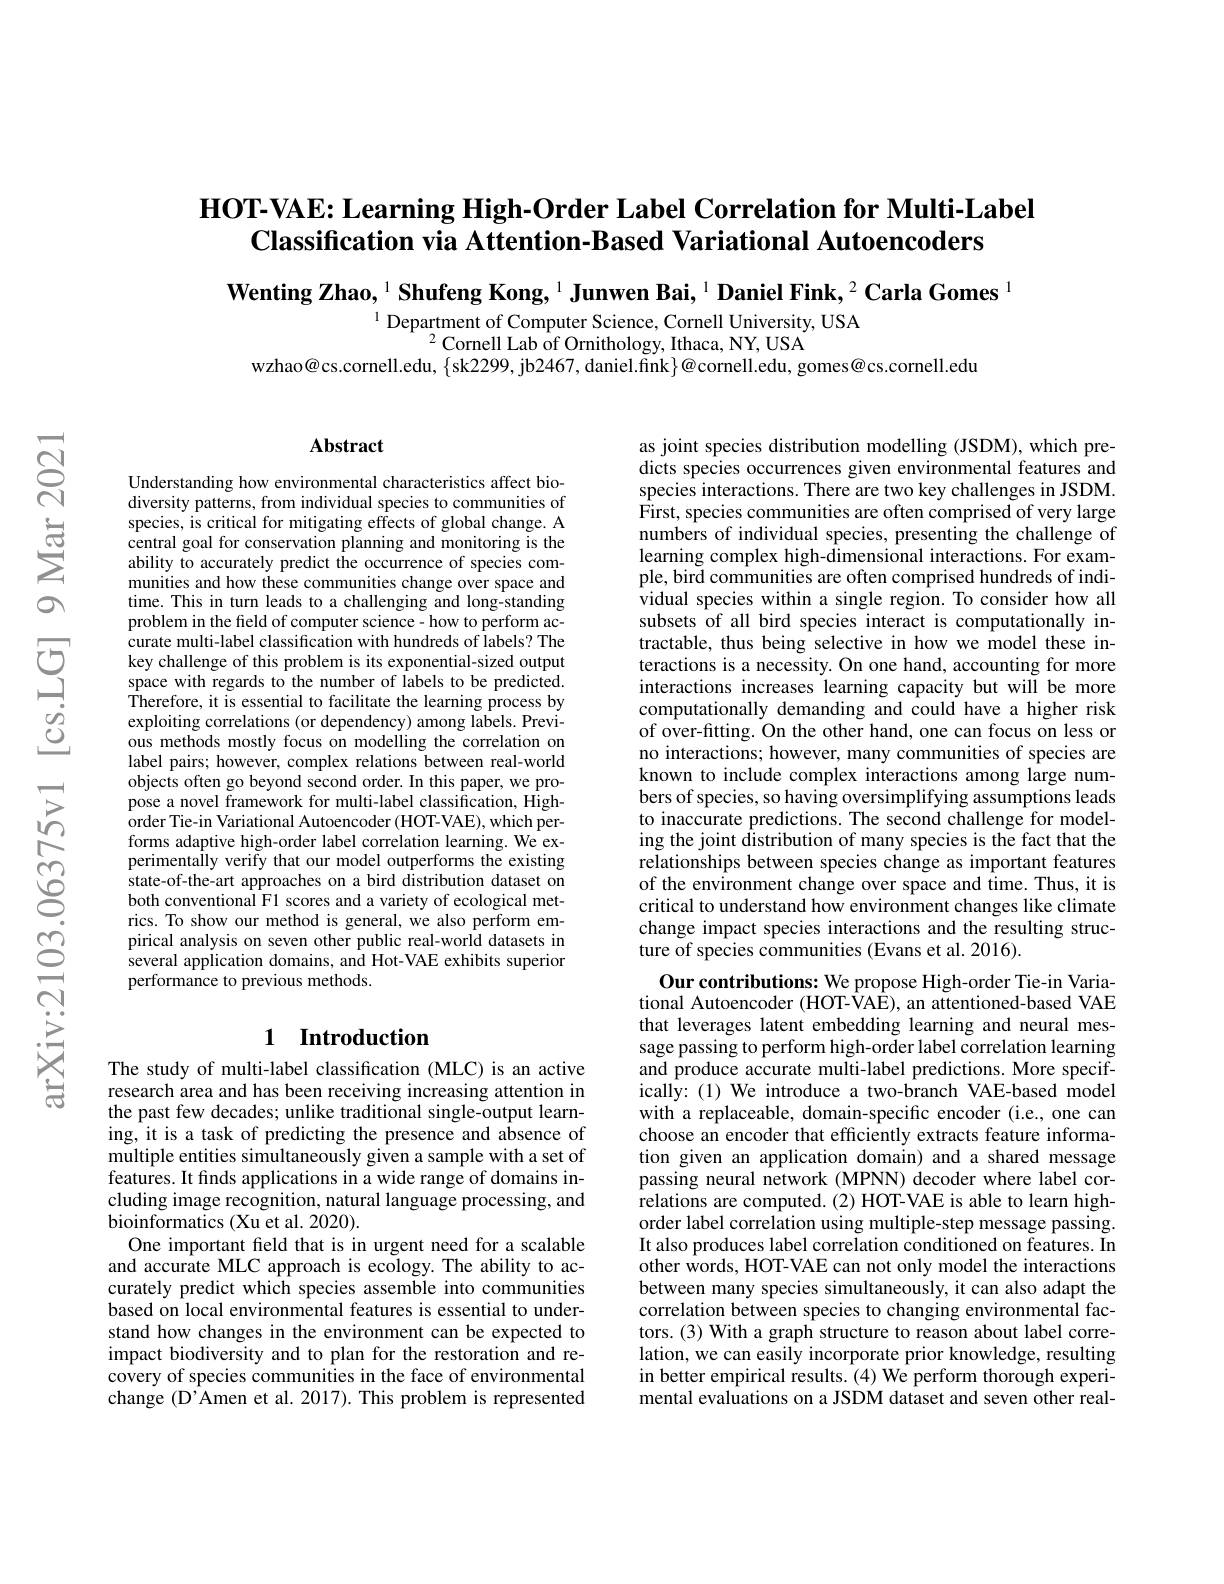
## $\textbf{HOT- VAE: Learning High- Order Label Correlation for Multi- Label}$ Classification via Attention-Based Variational Autoencoders

Wenting Zhao, $^1\textbf{Shufeng Kong,}^{1}$ Junwen Bai, $^1\textbf{Daniel Fink,}^2\textbf{Carla Gomes}^{1}$

$^{1}$ Department of Computer Science, Cornell University, USA
$^{2}$Cornell Lab of Ornithology, Ithaca, NY, USA
wzhao@cs.cornell.edu, $\{$sk2299, jb2467, daniel.fınk$\}$@cornell.edu, gomes@cs.cornell.edu

### $\mathbf{Abstract}$

Understanding how environmental characteristics affect biodiversity patterns, from individual species to communities of species, is critical for mitigating effects of global change. A central goal for conservation planning and monitoring is the ability to accurately predict the occurrence of species communities and how these communities change over space and time. This in turn leads to a challenging and long-standing problem in the field of computer science- how to perform accurate multi-label classification with hundreds of labels? The key challenge of this problem is its exponential-sized output space with regards to the number of labels to be predicted. Therefore, it is essential to facilitate the learning process by exploiting correlations (or dependency) among labels. Previous methods mostly focus on modelling the correlation on label pairs; however, complex relations between real-world objects often go beyond second order. In this paper, we propose a novel framework for multi-label classification, Highorder Tie-in Variational Autoencoder (HOT-VAE), which performs adaptive high-order label correlation learning. We experimentally verify that our model outperforms the existing state-of-the-art approaches on a bird distribution dataset on both conventional F1 scores and a variety of ecological metrics. To show our method is general, we also perform empirical analysis on seven other public real-world datasets in several application domains, and Hot-VAE exhibits superior performance to previous methods.

# 1 Introduction

The study of multi-label classification (MLC) is an active research area and has been receiving increasing attention in the past few decades; unlike traditional single-output learning, it is a task of predicting the presence and absence of multiple entities simultaneously given a sample with a set of features. It finds applications in a wide range of domains including image recognition, natural language processing, and $\bar{\text{bioinformatics(Xu et al. 2020)}}$
One important feld that is in urgent need for a scalable and accurate MLC approach is ecology. The ability to accurately predict which species assemble into communities based on local environmental features is essential to understand how changes in the environment can be expected to impact biodiversity and to plan for the restoration and recovery of species communities in the face of environmental change (D'Amen et al.2017).This problem is represented

as joint species distribution modelling (JSDM), which predicts species occurrences given environmental features and species interactions. There are two key challenges in JSDM. $\hat{\text{First, species communities are often comprised of very large}}$ numbers of individual species, presenting the challenge of learning complex high-dimensional interactions. For example, bird communities are often comprised hundreds of individual species within a single region. To consider how all subsets of all bird species interact is computationally intractable, thus being selective in how we model these interactions is a necessity. On one hand, accounting for more interactions increases learning capacity but will be more computationally demanding and could have a higher risk of over-fitting. On the other hand, one can focus on less or no interactions; however, many communities of species are known to include complex interactions among large numbers of species, so having oversimplifying assumptions leads to inaccurate predictions. The second challenge for modeling the joint distribution of many species is the fact that the relationships between species change as important features of the environment change over space and time. Thus, it is critical to understand how environment changes like climate change impact species interactions and the resulting structure of species communities (Evans et al. 2016).
Our contributions: We propose High-order Tie-in Varia-

tional Autoencoder (HOT-$\hat{\text{VA\^{E}),anattentioned-basedVAE}}$ that leverages latent embedding learning and neural message passing to perform high-order label correlation learning and produce accurate multi-label predictions. More specifically: (1) We introduce a two-branch VAE-based model with a replaceable, domain-specific encoder (i.e., one can choose an encoder that efficiently extracts feature information given an application domain) and a shared message passing neural network (MPNN) decoder where label correlations are computed.(2) HOT-VAE is able to learn highorder label correlation using multiple-step message passing. It also produces label correlation conditioned on features. In other words, HOT-VAE can not only model the interactions between many species simultaneously, it can also adapt the correlation between species to changing environmental factors.(3) With a graph structure to reason about label correlation, we can easily incorporate prior knowledge, resulting in better empirical results. (4) We perform thorough experimental evaluations on a JSDM dataset and seven other real-